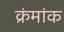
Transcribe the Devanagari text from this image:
क्रंमांक